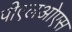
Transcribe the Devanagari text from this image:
पीएलओएस